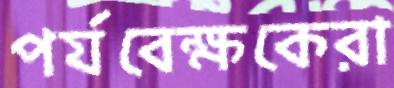
পর্যবেক্ষকেরা